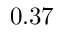
0 . 3 7